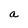
Character: a